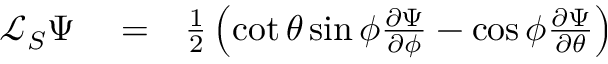
\begin{array} { r l r } { \mathcal { L } _ { S } \Psi } & { { } = } & { \frac { 1 } { 2 } \left( \cot { \theta } \sin { \phi } \frac { \partial \Psi } { \partial \phi } - \cos { \phi } \frac { \partial \Psi } { \partial \theta } \right) } \end{array}